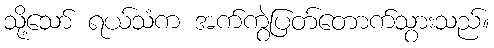
သို့သော် ရယ်သံက အက်ကွဲပြတ်တောက်သွားသည်။